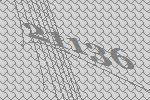
21136